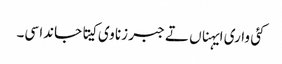
کئی واری ایہناں تے جبر زنا وی کیتا جاندا سی۔